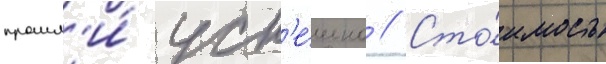
прошл'и́ усп'е́шно // Сто́имость